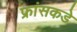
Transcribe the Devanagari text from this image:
फ्रांसकडे